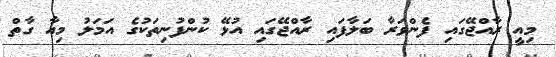
މިއީ ރާއްޖޭގައި ފެންވަރާ ބަލާފައި ރާއްޖޭގައި އުޅޭ ކުންފުނިތަކުގެ އަމަލު މިއާ ގާތް